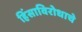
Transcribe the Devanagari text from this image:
हिंसाविरोधाचे